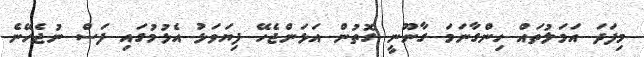
މިފަދަ އަމަލުތައް ހިންގާނަމަ ގާނޫނީ ގޮތުން އަޅަންޖެހޭ ފިޔަވަޅު އެޅުމުގައި ފަސް ނުޖެހޭނެ